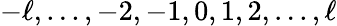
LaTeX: -\ell,...,-2,-1,0,1,2,...,\ell